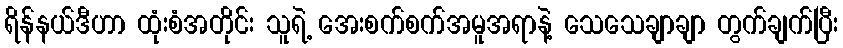
ရိန်နယ်ဒီဟာ ထုံးစံအတိုင်း သူရဲ့ အေးစက်စက်အမူအရာနဲ့ သေသေချာချာ တွက်ချက်ပြီး